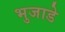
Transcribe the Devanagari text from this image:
भुजाडे